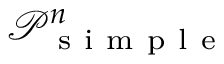
\mathcal P _ { \mathrm { ~ s ~ i ~ m ~ p ~ l ~ e ~ } } ^ { n }